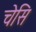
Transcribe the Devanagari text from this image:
चेसि